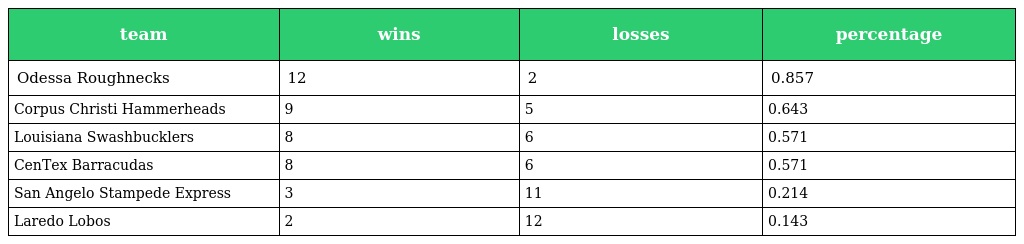
| team | wins | losses | percentage |
 | --- | --- | --- | --- |
 | Odessa Roughnecks | 12 | 2 | 0.857 |
 | Corpus Christi Hammerheads | 9 | 5 | 0.643 |
 | Louisiana Swashbucklers | 8 | 6 | 0.571 |
 | CenTex Barracudas | 8 | 6 | 0.571 |
 | San Angelo Stampede Express | 3 | 11 | 0.214 |
 | Laredo Lobos | 2 | 12 | 0.143 |